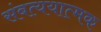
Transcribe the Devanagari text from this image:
संबत्ययात्मक